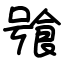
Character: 飸